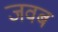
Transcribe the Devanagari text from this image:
जवब